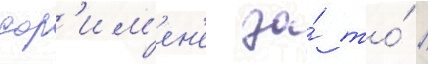
дор'им'ен'е за́ то́ /